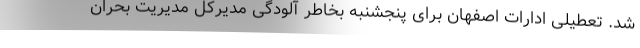
شد. تعطیلی ادارات اصفهان برای پنجشنبه بخاطر آلودگی مدیرکل مدیریت بحران